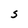
Character: S